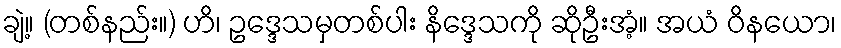
ချဲ့။ (တစ်နည်း။) ဟိ၊ ဥဒ္ဒေသမှတစ်ပါး နိဒ္ဒေသကို ဆိုဦးအံ့။ အယံ ဝိနယော၊